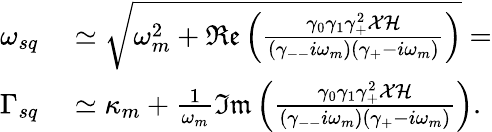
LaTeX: \begin{array}{rl}{\omega_{sq}}&{{}\simeq\sqrt{\omega_{m}^{2}+\mathfrak{Re}\left(\frac{\gamma_{0}\gamma_{1}\gamma_{+}^{2}\mathcal{X}\mathcal{H}}{(\gamma_{--}i\omega_{m})(\gamma_{+}-i\omega_{m})}\right)}=}\\ {\Gamma_{sq}}&{{}\simeq\kappa_{m}+\frac{1}{\omega_{m}}\mathfrak{Im}\left(\frac{\gamma_{0}\gamma_{1}\gamma_{+}^{2}\mathcal{X}\mathcal{H}}{(\gamma_{--}i\omega_{m})(\gamma_{+}-i\omega_{m})}\right).}\end{array}